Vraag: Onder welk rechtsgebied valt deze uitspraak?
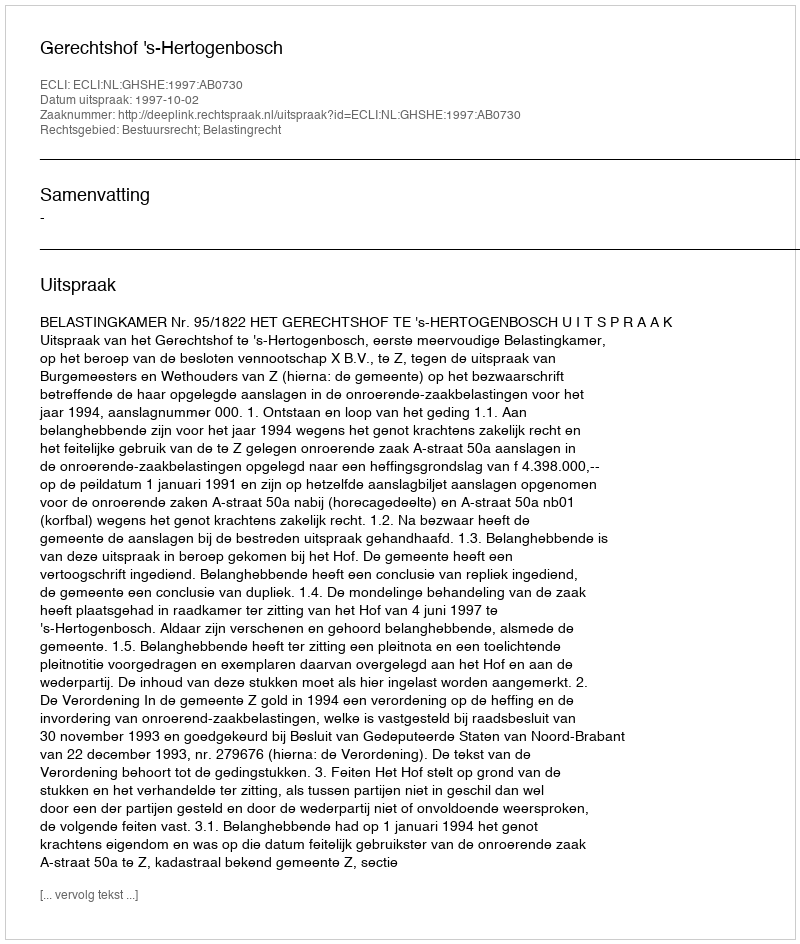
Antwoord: Bestuursrecht; Belastingrecht